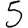
Digit: 5